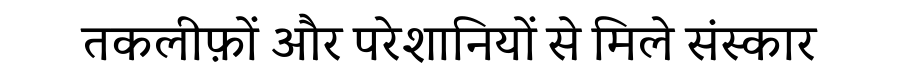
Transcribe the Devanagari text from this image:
तकलीफ़ों और परेशानियों से मिले संस्कार